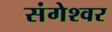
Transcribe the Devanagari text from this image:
संगेश्वर